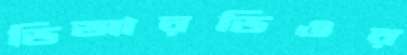
ডিআরডিওর